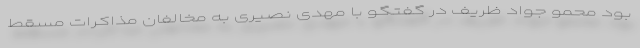
بود محمو جواد ظریف در گفتگو با مهدی نصیری به مخالفان مذاکرات مسقط